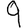
Digit: 9